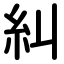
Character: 糾